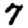
Digit: 7